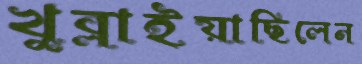
খুব্‌লাইয়াছিলেন